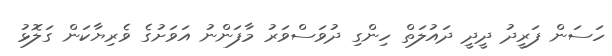
ހަސަން ފަރީދު ދީދީ ދައުލަތް ހިންގި ދުވަސްވަރު މާފަންނު އަވަށުގެ ވެރިޔާކަން ގަލޮޅު